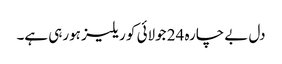
دل بے چارہ 24 جولائی کو ریلیز ہورہی ہے۔